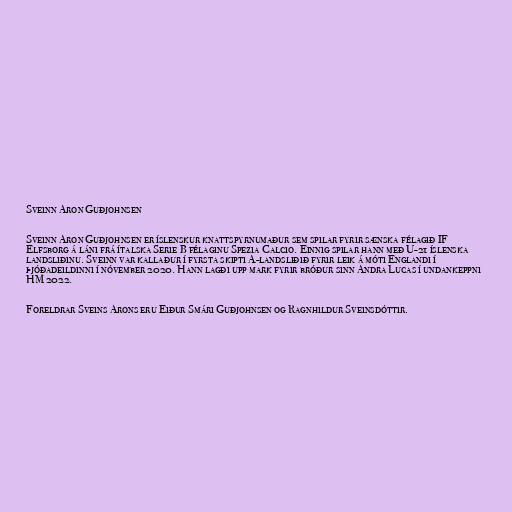
Sveinn Aron Guðjohnsen

Sveinn Aron Guðjohnsen er íslenskur knattspyrnumaður sem spilar fyrir sænska félagið IF
Elfsborg á láni frá ítalska Serie B félaginu Spezia Calcio. Einnig spilar hann með U-21 íslenska
landsliðinu. Sveinn var kallaður í fyrsta skipti A-landsliðið fyrir leik á móti Englandi í
þjóðadeildinni í nóvember 2020. Hann lagði upp mark fyrir bróður sinn Andra Lucas í undankeppni
HM 2022.

Foreldrar Sveins Arons eru Eiður Smári Guðjohnsen og Ragnhildur Sveinsdóttir.